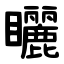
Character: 矖